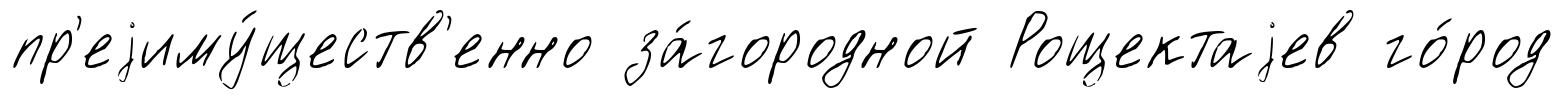
пр'еjиму́ществ'енно за́городной Рощектаjев го́род